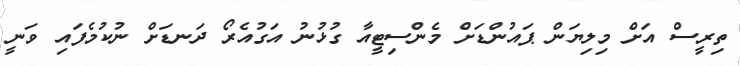
ތިރީސް އަށް މިލިޔަން ޕައުންޑަށް މެންސިޓީއާ ގުޅުނު އަގުއެރޯ ދަނޑަށް ނުކުމެފައި ވަނީ